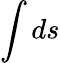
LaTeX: \int ds